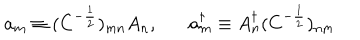
a _ { m } \equiv ( C ^ { - \frac { 1 } { 2 } } ) _ { m n } A _ { n } , a _ { m } ^ { \dagger } \equiv A _ { n } ^ { \dagger } ( C ^ { - \frac { 1 } { 2 } } ) _ { n m }